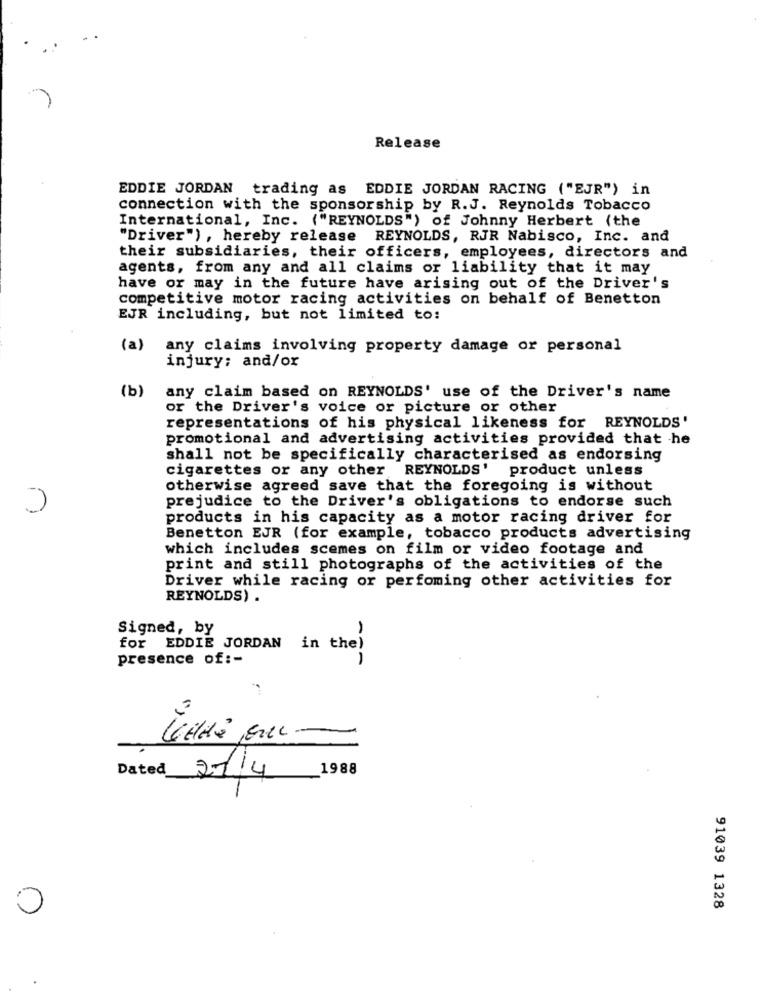
Release
EDDIE JORDAN trading as EDDIE JORDAN RACING ("EJR") in
connection with the sponsorship by R.J. Reynolds Tobacco
International, Inc. ("REYNOLDS") of Johnny Herbert (the
"Driver") , hereby release REYNOLDS, RJR Nabisco, Inc. and
their subsidiaries, their officers, employees, directors and
agents, from any and all claims or liability that it may
have or may in the future have arising out of the Driver's
competitive motor racing activities on behalf of Benetton
EJR including, but not limited to:
(a)
any claims involving property damage or personal
injury; and/or
(b)
any claim based on REYNOLDS' use of the Driver's name
or the Driver's voice or picture or other
representations of his physical likeness for REYNOLDS'
promotional and advertising activities provided that he
shall not be specifically characterised as endorsing
cigarettes or any other REYNOLDS' product unless
otherwise agreed save that the foregoing is without
prejudice to the Driver's obligations to endorse such
products in his capacity as a motor racing driver for
Benetton EJR (for example, tobacco products advertising
which includes scemes on film or video footage and
print and still photographs of the activities of the
Driver while racing or perfoming other activities for
REYNOLDS) .
Signed, by
for EDDIE JORDAN in the)
presence of :-
1
Dated 27/4
1988
0
91039 1328